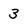
Character: 3